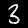
Digit: 3